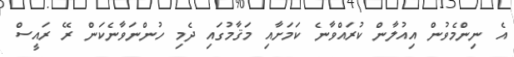
އެ ނިންމެވުން އިއުލާން ކުރައްވާނެ ކަމަށާއި މަޤާމުގައި ދެމި ހުންނަވާނެކަން ރޭ ރައީސް